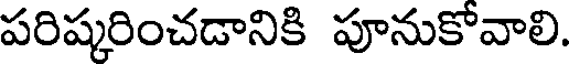
పరిష్కరించడానికి పూనుకోవాలి.